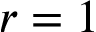
r = 1